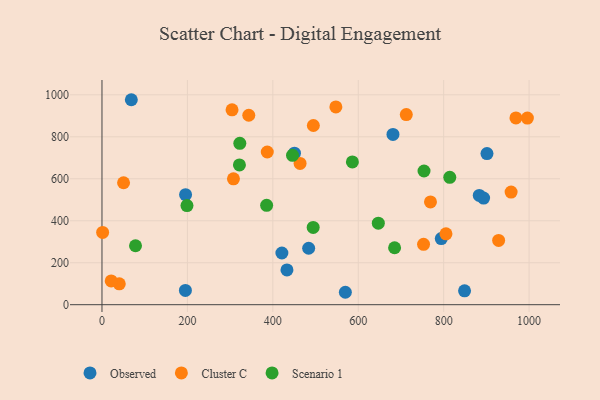
{"axis": {"x": "Speed", "y": "Yield"}, "legend": ["Cluster C", "Observed", "Scenario 1"], "data": [{"x": "883.4", "y": 520.9, "type": "Observed"}, {"x": "893.5", "y": 508.0, "type": "Observed"}, {"x": "433.1", "y": 165.8, "type": "Observed"}, {"x": "421.2", "y": 246.3, "type": "Observed"}, {"x": "569.8", "y": 59.2, "type": "Observed"}, {"x": "681.3", "y": 811.2, "type": "Observed"}, {"x": "901.4", "y": 720.1, "type": "Observed"}, {"x": "848.9", "y": 66.3, "type": "Observed"}, {"x": "483.9", "y": 268.9, "type": "Observed"}, {"x": "68.7", "y": 976.7, "type": "Observed"}, {"x": "195.3", "y": 68.0, "type": "Observed"}, {"x": "450.6", "y": 722.0, "type": "Observed"}, {"x": "195.7", "y": 524.1, "type": "Observed"}, {"x": "794.4", "y": 315.1, "type": "Observed"}, {"x": "307.8", "y": 599.7, "type": "Cluster C"}, {"x": "712.5", "y": 905.9, "type": "Cluster C"}, {"x": "996.0", "y": 889.4, "type": "Cluster C"}, {"x": "752.9", "y": 287.6, "type": "Cluster C"}, {"x": "805.4", "y": 337.8, "type": "Cluster C"}, {"x": "304.5", "y": 928.5, "type": "Cluster C"}, {"x": "50.5", "y": 581.1, "type": "Cluster C"}, {"x": "40.5", "y": 99.6, "type": "Cluster C"}, {"x": "1.5", "y": 344.2, "type": "Cluster C"}, {"x": "928.7", "y": 306.4, "type": "Cluster C"}, {"x": "547.6", "y": 942.5, "type": "Cluster C"}, {"x": "21.6", "y": 113.5, "type": "Cluster C"}, {"x": "769.1", "y": 489.8, "type": "Cluster C"}, {"x": "494.9", "y": 853.9, "type": "Cluster C"}, {"x": "969.2", "y": 889.8, "type": "Cluster C"}, {"x": "957.9", "y": 536.6, "type": "Cluster C"}, {"x": "387.0", "y": 727.6, "type": "Cluster C"}, {"x": "463.8", "y": 673.4, "type": "Cluster C"}, {"x": "343.7", "y": 902.8, "type": "Cluster C"}, {"x": "322.7", "y": 769.1, "type": "Scenario 1"}, {"x": "814.3", "y": 606.8, "type": "Scenario 1"}, {"x": "754.0", "y": 637.0, "type": "Scenario 1"}, {"x": "647.0", "y": 388.3, "type": "Scenario 1"}, {"x": "321.8", "y": 665.9, "type": "Scenario 1"}, {"x": "385.5", "y": 473.5, "type": "Scenario 1"}, {"x": "685.1", "y": 271.4, "type": "Scenario 1"}, {"x": "78.5", "y": 280.8, "type": "Scenario 1"}, {"x": "494.5", "y": 368.1, "type": "Scenario 1"}, {"x": "446.1", "y": 711.6, "type": "Scenario 1"}, {"x": "586.3", "y": 680.2, "type": "Scenario 1"}, {"x": "199.0", "y": 472.2, "type": "Scenario 1"}]}